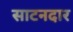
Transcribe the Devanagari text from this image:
साटनदार